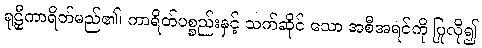
ရုဠှီကာရိတ်မည်၏၊ ကာရိတ်ပစ္စည်းနှင့် သက်ဆိုင် သော အစီအရင်ကို ပြုလို၍